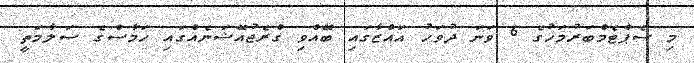
މި ސެޕްޓެމްބަރުމަހުގެ 6 ވަނަ ދުވަހު ޣައްޒާގައި ބޭއްވި ގްރެޖުއޭޝަނެއްގައި ހަމާސްގެ ސަލާމަތީ